Report of the Indian Hemp Drugs Commission, 1894-1895 - Volume II
Year: 1894
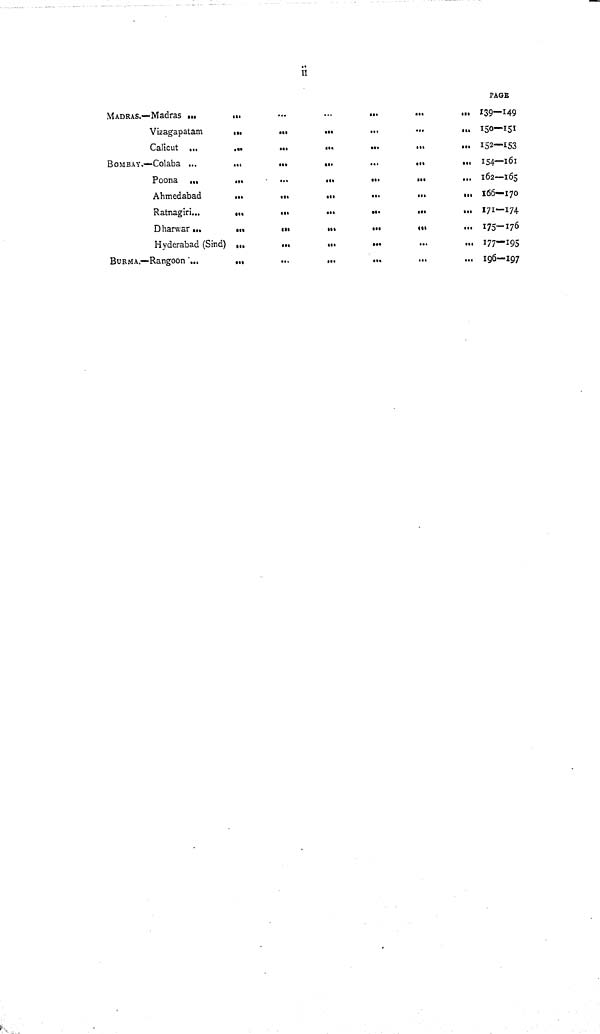
ii
PAGE
MADRAS.—Madras
139-149
Vizagapatam
150—151
Calicut
152—153
BOMBAY.—Colaba
154—161
Poona
162—165
Ahmedabad
166—170
Ratnagiri
171—174
Dharwar
175—176
Hyderabad (Sind)
177—195
BURMA.—Rangoon
196—197